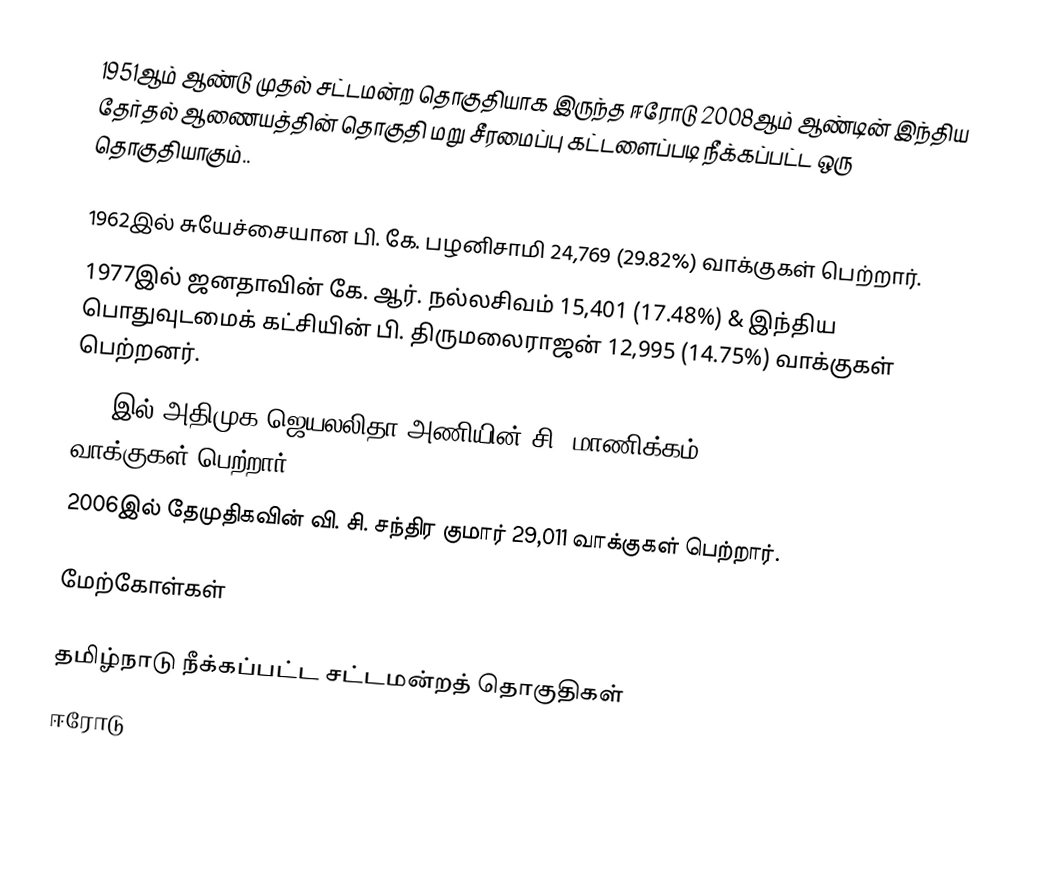
1951ஆம் ஆண்டு முதல் சட்டமன்ற தொகுதியாக இருந்த ஈரோடு 2008ஆம் ஆண்டின் இந்திய தேர்தல் ஆணையத்தின் தொகுதி மறு சீரமைப்பு கட்டளைப்படி நீக்கப்பட்ட ஒரு தொகுதியாகும்..

1962இல் சுயேச்சையான பி. கே. பழனிசாமி 24,769 (29.82%) வாக்குகள் பெற்றார்.
1977இல் ஜனதாவின் கே. ஆர். நல்லசிவம் 15,401 (17.48%) & இந்திய பொதுவுடமைக் கட்சியின் பி. திருமலைராஜன் 12,995 (14.75%) வாக்குகள் பெற்றனர்.
1989இல் அதிமுக ஜெயலலிதா அணியின் சி. மாணிக்கம் 33,391 (20.29%) வாக்குகள் பெற்றார்.
2006இல் தேமுதிகவின் வி. சி. சந்திர குமார் 29,011 வாக்குகள் பெற்றார்.

மேற்கோள்கள்

தமிழ்நாடு நீக்கப்பட்ட சட்டமன்றத் தொகுதிகள்
ஈரோடு